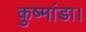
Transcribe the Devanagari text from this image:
कुष्मांडा।